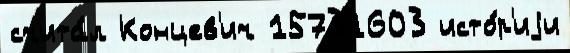
счита́л Концев'ич 15731603 исто́р'иjи